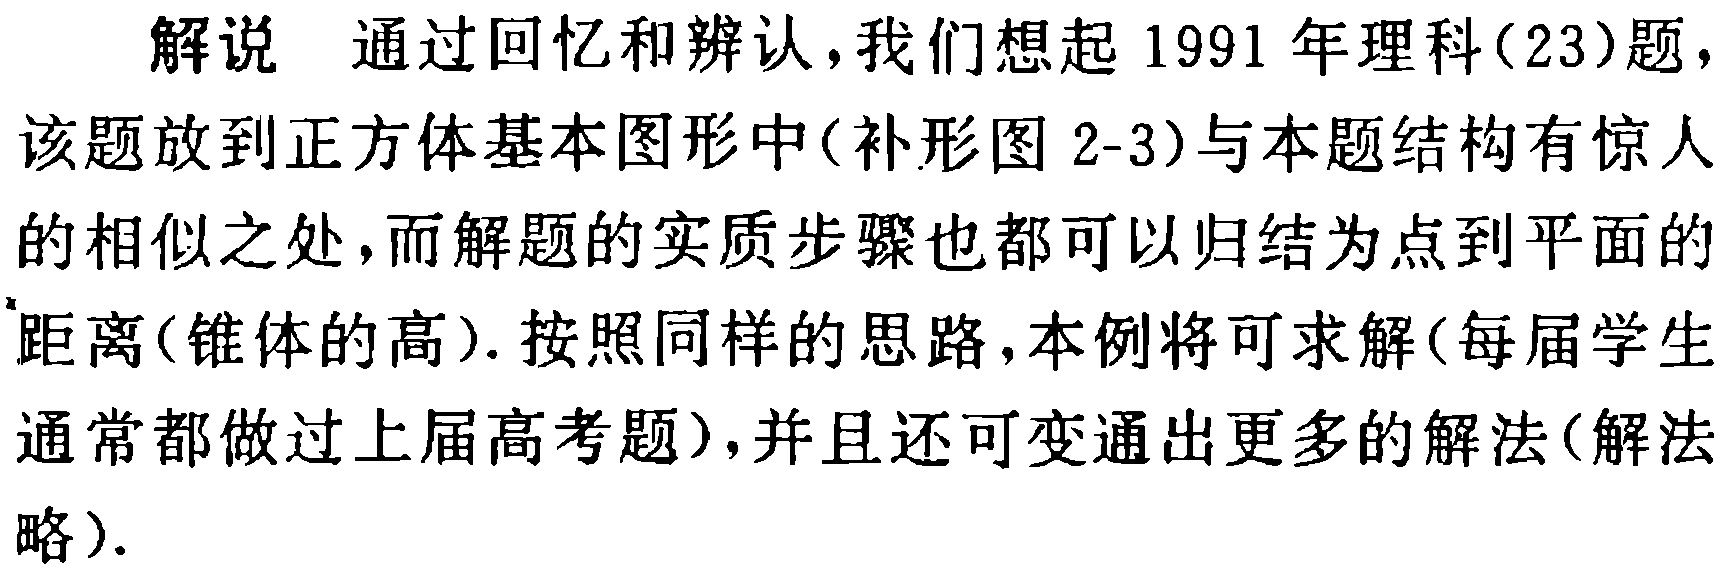
解说 通过回忆和辨认，我们想起 1991 年理科(23)题，该题放到正方体基本图形中(补形图 2-3)与本题结构有惊人的相似之处，而解题的实质步骤也都可以归结为点到平面的距离(锥体的高). 按照同样的思路，本例将可求解(每届学生通常都做过上届高考题)，并且还可变通出更多的解法(解法略).